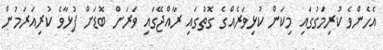
އެހެންވެ ކުރިމަގުގައި މިކަން ކުޅިވަރެއްގެ ގޮތުގައި ރާއްޖޭގައި ވަަރަށް ބޮޑަށް ފުޅާވެ ކުރިއަރަމުން